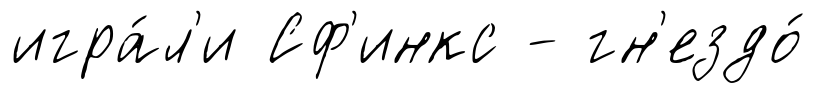
игра́л'и Сф'инкс - гн'ездо́